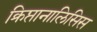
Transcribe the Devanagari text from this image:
क्रिप्तानालिसिस